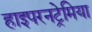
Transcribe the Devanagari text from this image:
हाइपरनट्रेमिया